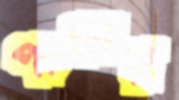
পাঞ্চার